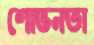
শোভনতা